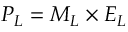
{ \cal P } _ { L } = { \cal M } _ { L } \times { \cal E } _ { L } \; \; \;